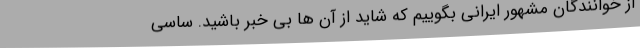
از خوانندگان مشهور ایرانی بگوییم که شاید از آن ها بی خبر باشید. ساسی